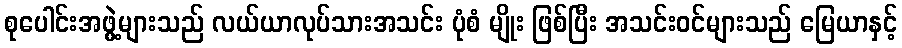
စုပေါင်းအဖွဲ့များသည် လယ်ယာလုပ်သားအသင်း ပုံစံ မျိုး ဖြစ်ပြီး အသင်းဝင်များသည် မြေယာနှင့်